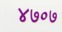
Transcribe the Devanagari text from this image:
४७०७